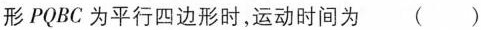
形PQBC为平行四边形时，运动时间为 ()